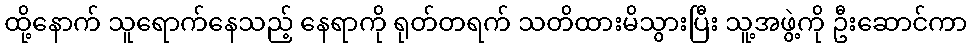
ထို့နောက် သူရောက်နေသည့် နေရာကို ရုတ်တရက် သတိထားမိသွားပြီး သူ့အဖွဲ့ကို ဦးဆောင်ကာ